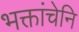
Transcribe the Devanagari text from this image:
भक्तांचेनि